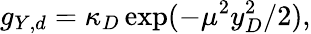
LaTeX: g_{Y,d}=\kappa_{D}\exp(-\mu^{2}y_{D}^{2}/2),